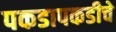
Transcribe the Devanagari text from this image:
पकडापकडीचे